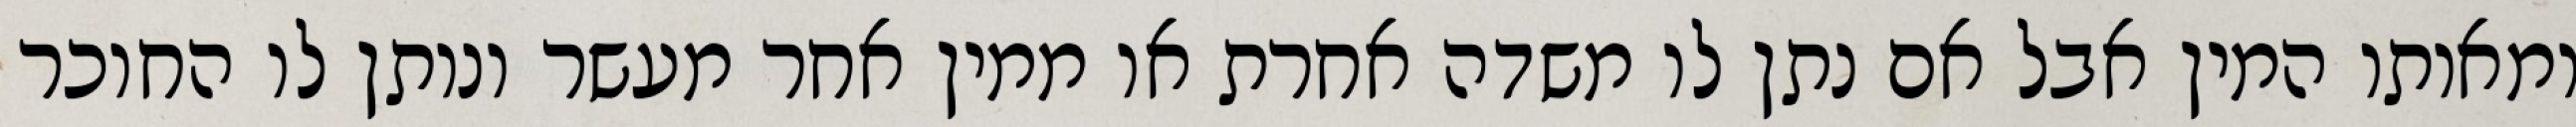
ומאותו המין אבל אם נתן לו משדה אחרת או ממין אחר מעשר ונותן לו החוכר